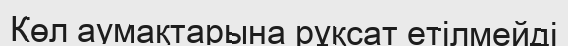
Көл аумақтарына рұқсат етiлмейдi